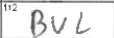
Transcription: BUL